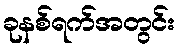
ခုနစ်ရက်အတွင်း